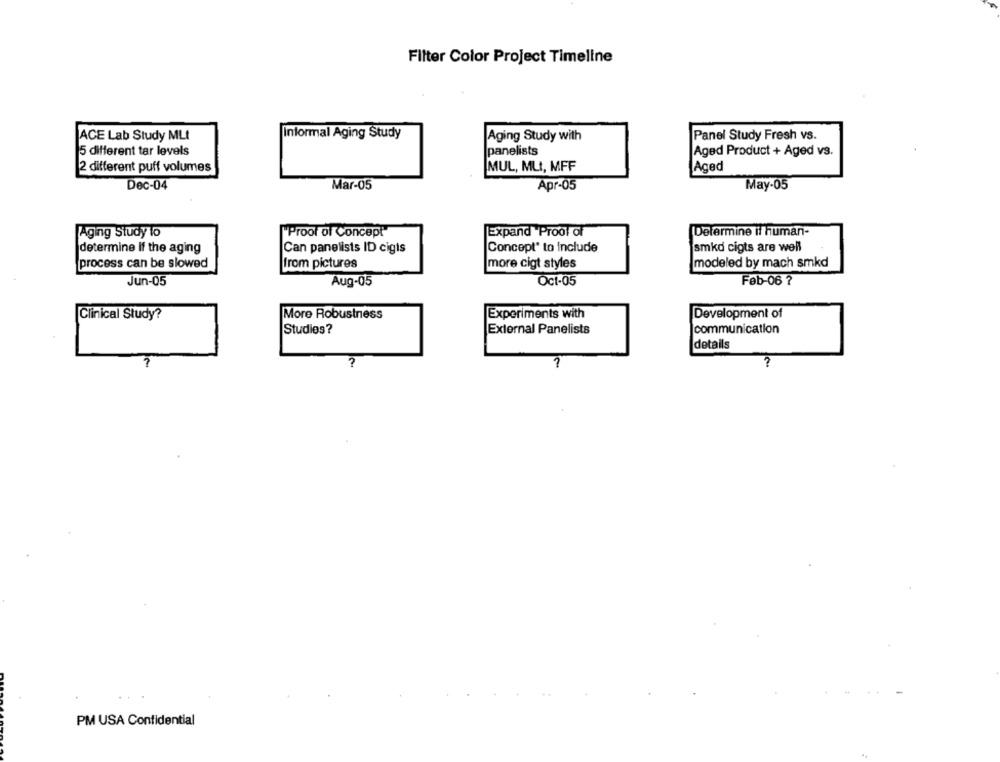
Filter Color Project Timeline
ACE Lab Study MLt
Informal Aging Study
Aging Study with
Panel Study Fresh vs.
5 different tar levels
panelists
Aged Product + Aged vs.
MUL, MLt, MFF
Aged
2 different puff volumes
Dec-04
Mar-05
Apr-05
May-05
Aging Study lo
"Proof of Concept"
Expand Proof of
Determine if human-
determine if the aging
Can panelists ID cigts
Concept" to include
smkd cigts are well
process can be slowed
from pictures
more cigt styles
modeled by mach smkd
Jun-05
Aug-05
Oct-05
Feb-06 ?
Clinical Study?
More Robustness
Experiments with
Development of
Studies?
External Panelists
communication
details
7
?
PM USA Confidential